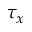
\tau _ { x }